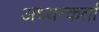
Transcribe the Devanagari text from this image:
अध्यन्कर्ता